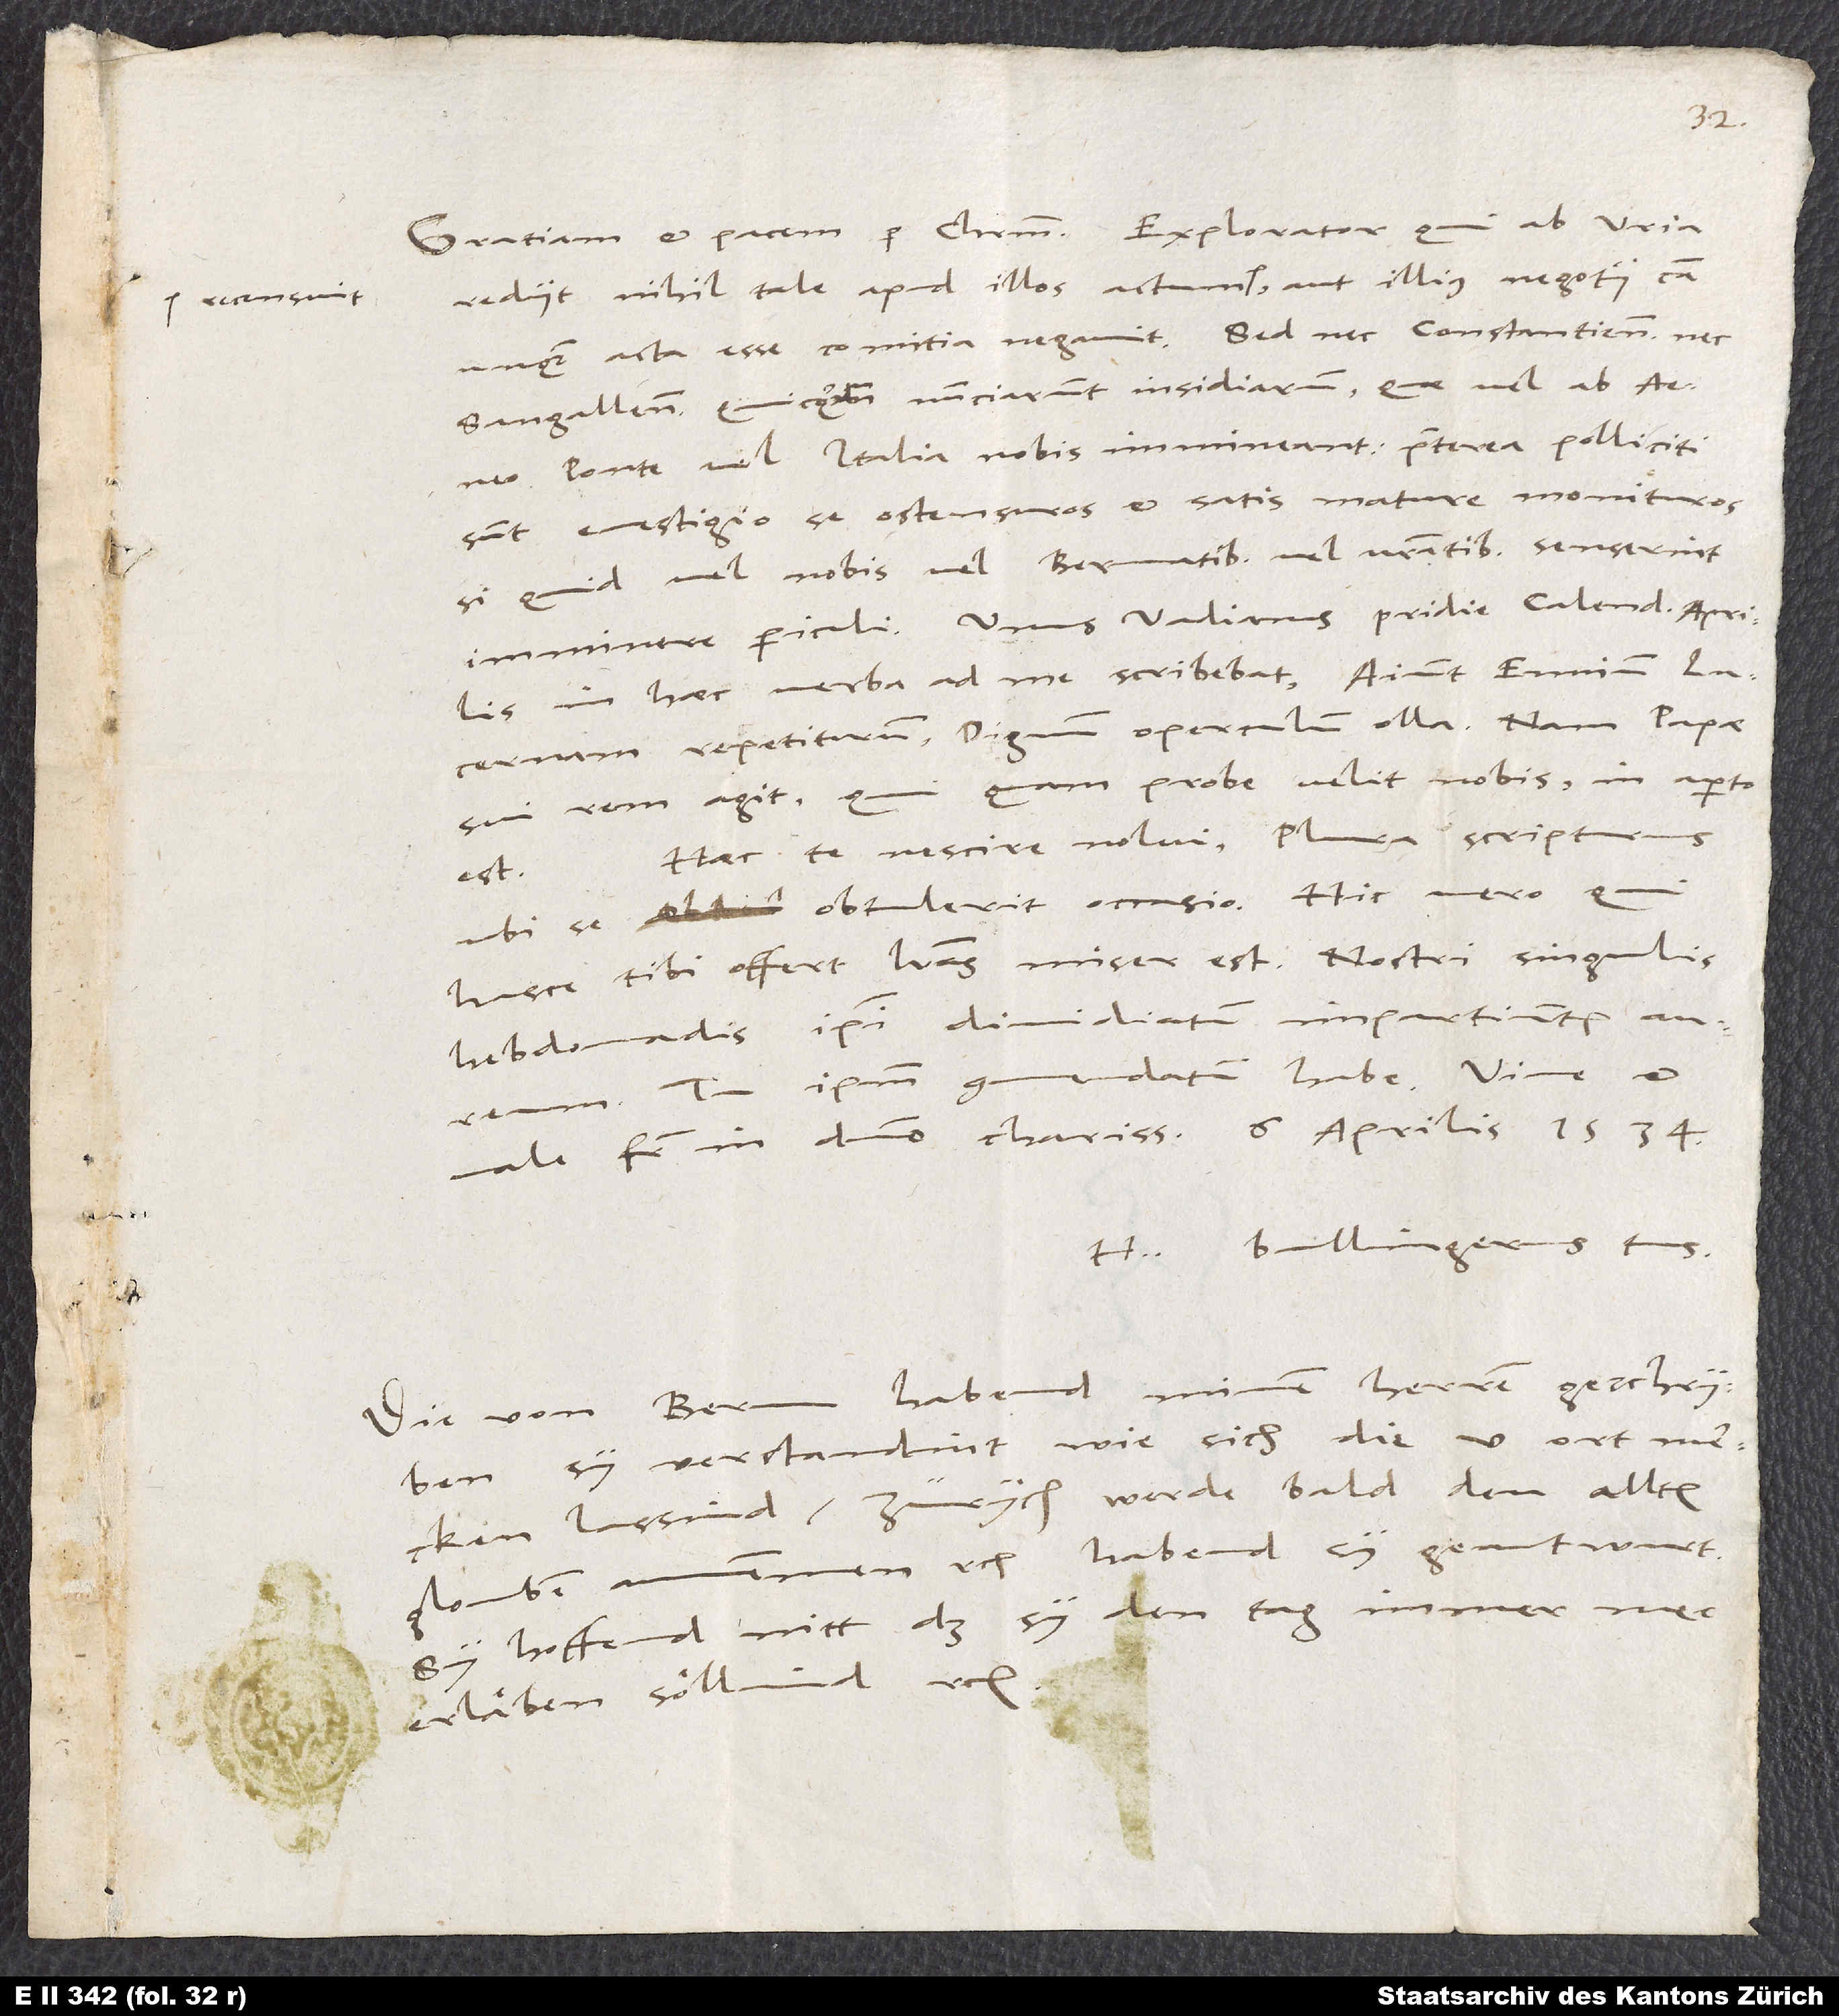
rediit, nihil tale apud illos actum recensuit aut illius negotii causa
unquam acta esse comitia negavit. Sed nec Constantienses nec
Sangallenses quicquam nunciarunt insidiarum, quae vel ab
Ponte vel Italia nobis immineant. Praeterea polliciti
sunt e vestigio ´se ostensuros et satis mature monituros,
si quid vel nobis vel Bernatibus vel nostratibus senserint
imminere periculi. Unus Vadianus pridie calendas aprilis
in haec verba ad me scribebat: «Aiunt Ennium
Lucernam repetiturum, dignum operculum olla; nam papae
sui rem agit. Qui quam probe velit nobis, in aperto
Haec te nescire nolui plura scripturus,
ubi se obtulerit occasio. Hic vero, qui
hasce tibi offert literas, miser est. Nostri singulis
hebdomadis ipsi dimidiatum impartiuntur aureum.
Tu ipsum commendatum habe.
H. Bullingerus tuus.
Die von Bernn habend minen herren geschryben,
sy verstandint, wie sich die V Ort mercken
lassind, Zürych werde bald den allten
glouben annemmen etc. Habend sy geantwurt:
sy hoffend nitt, daß sy den tag immermer
erläben söllind etc.